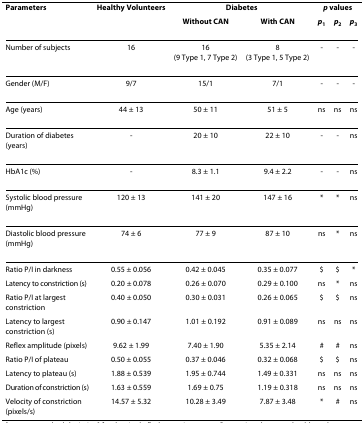
<table><thead><tr><td><b>Parameters</b></td><td><b>Healthy Volunteers</b></td><td colspan="2"><b>Diabetes</b></td><td colspan="3"><b><i>p </i>values</b></td></tr><tr><td></td><td></td><td><b>Without CAN</b></td><td><b>With CAN</b></td><td><b><i>p</i><sub>1</sub></b></td><td><b><i>p</i><sub>2</sub></b></td><td><b><i>p</i><sub>3</sub></b></td></tr></thead><tbody><tr><td>Number of subjects</td><td>16</td><td>16(9 Type 1, 7 Type 2)</td><td>8(3 Type 1, 5 Type 2)</td><td>-</td><td>-</td><td>-</td></tr><tr><td>Gender (M/F)</td><td>9/7</td><td>15/1</td><td>7/1</td><td>-</td><td>-</td><td>-</td></tr><tr><td>Age (years)</td><td>44 ± 13</td><td>50 ± 11</td><td>51 ± 5</td><td>ns</td><td>ns</td><td>ns</td></tr><tr><td>Duration of diabetes (years)</td><td>-</td><td>20 ± 10</td><td>22 ± 10</td><td>-</td><td>-</td><td>ns</td></tr><tr><td>HbA1c (%)</td><td>-</td><td>8.3 ± 1.1</td><td>9.4 ± 2.2</td><td>-</td><td>-</td><td>ns</td></tr><tr><td>Systolic blood pressure (mmHg)</td><td>120 ± 13</td><td>141 ± 20</td><td>147 ± 16</td><td>*</td><td>*</td><td>ns</td></tr><tr><td>Diastolic blood pressure (mmHg)</td><td>74 ± 6</td><td>77 ± 9</td><td>87 ± 10</td><td>ns</td><td>*</td><td>ns</td></tr><tr><td>Ratio P/I in darkness</td><td>0.55 ± 0.056</td><td>0.42 ± 0.045</td><td>0.35 ± 0.077</td><td>$</td><td>$</td><td>*</td></tr><tr><td>Latency to constriction (s)</td><td>0.20 ± 0.078</td><td>0.26 ± 0.070</td><td>0.29 ± 0.100</td><td>ns</td><td>*</td><td>ns</td></tr><tr><td>Ratio P/I at largest constriction</td><td>0.40 ± 0.050</td><td>0.30 ± 0.031</td><td>0.26 ± 0.065</td><td>$</td><td>$</td><td>ns</td></tr><tr><td>Latency to largest constriction (s)</td><td>0.90 ± 0.147</td><td>1.01 ± 0.192</td><td>0.91 ± 0.089</td><td>ns</td><td>ns</td><td>ns</td></tr><tr><td>Reflex amplitude (pixels)</td><td>9.62 ± 1.99</td><td>7.40 ± 1.90</td><td>5.35 ± 2.14</td><td>#</td><td>#</td><td>ns</td></tr><tr><td>Ratio P/I of plateau</td><td>0.50 ± 0.055</td><td>0.37 ± 0.046</td><td>0.32 ± 0.068</td><td>$</td><td>$</td><td>ns</td></tr><tr><td>Latency to plateau (s)</td><td>1.88 ± 0.539</td><td>1.95 ± 0.744</td><td>1.49 ± 0.331</td><td>ns</td><td>ns</td><td>ns</td></tr><tr><td>Duration of constriction (s)</td><td>1.63 ± 0.559</td><td>1.69 ± 0.75</td><td>1.19 ± 0.318</td><td>ns</td><td>ns</td><td>ns</td></tr><tr><td>Velocity of constriction (pixels/s)</td><td>14.57 ± 5.32</td><td>10.28 ± 3.49</td><td>7.87 ± 3.48</td><td>*</td><td>#</td><td>ns</td></tr></tbody></table>